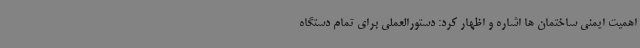
اهمیت ایمنی ساختمان ها اشاره و اظهار کرد: دستورالعملی برای تمام دستگاه